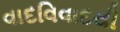
વાદવિવાદથી